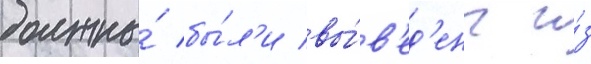
должны́ бы́л'и вы́в'ед'ены и́з